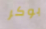
بوكر